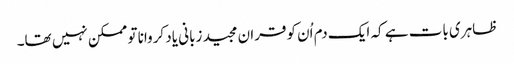
ظاہری بات ہے کہ ایک دم اُن کوقران مجید زبانی یاد کروانا تو ممکن نہیں تھا۔